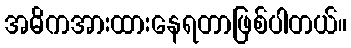
အဓိကအားထားနေရတာဖြစ်ပါတယ်။